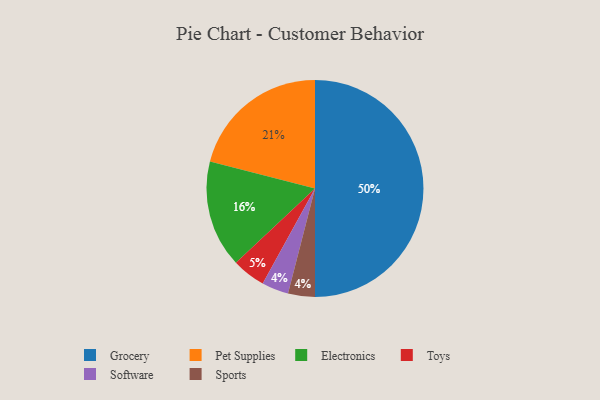
{"axis": {"x": "Category", "y": "Percentage"}, "legend": ["Electronics", "Grocery", "Pet Supplies", "Software", "Sports", "Toys"], "data": [{"x": "Toys", "y": 5, "type": "Toys"}, {"x": "Software", "y": 4, "type": "Software"}, {"x": "Electronics", "y": 16, "type": "Electronics"}, {"x": "Sports", "y": 4, "type": "Sports"}, {"x": "Pet Supplies", "y": 21, "type": "Pet Supplies"}, {"x": "Grocery", "y": 50, "type": "Grocery"}]}